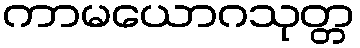
ကာမယောဂသုတ္တ